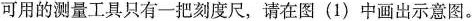
可用的测量工具只有一把刻度尺，请在图(1)中画出示意图。